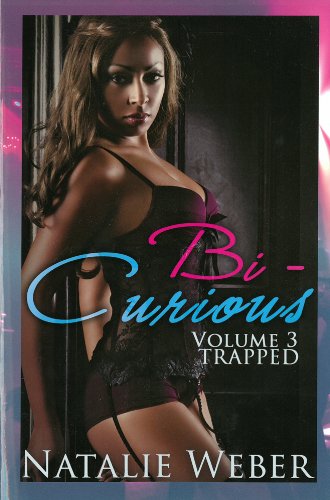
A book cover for Bi-Curious Volume 3: Trapped; Natalie Weber; Romance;